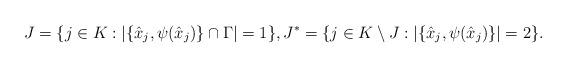
LaTeX: \begin{align*}J=\{j\in K: |\{\hat{x}_j,\psi(\hat{x}_j)\}\cap \Gamma|=1\}, J^*=\{j\in K\setminus J: |\{\hat{x}_j,\psi(\hat{x}_j)\}|= 2\}.\end{align*}